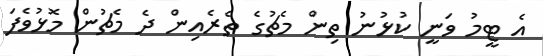
އެ ޓީމު ވަނީ ކުޅުނު ތިން މެޗުގެ ތެރެއިން ދެ މެޗުން މޮޅުވެފަ